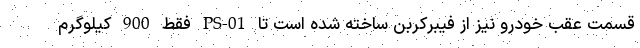
قسمت عقب خودرو نیز از فیبرکربن ساخته شده است تا PS-01 فقط 900 کیلوگرم